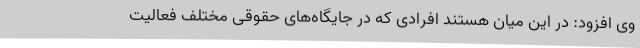
وی افزود: در این میان هستند افرادی که در جایگاه‌های حقوقی مختلف فعالیت